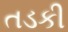
તડકી